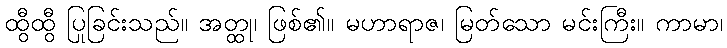
ထွီထွီ ပြုခြင်းသည်။ အတ္ထု၊ ဖြစ်၏။ မဟာရာဇ၊ မြတ်သော မင်းကြီး။ ကာမာ၊